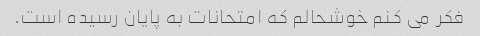
فکر می کنم خوشحالم که امتحانات به پایان رسیده است.